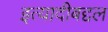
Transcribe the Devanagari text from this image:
इत्यादीबद्दल